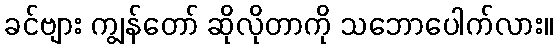
ခင်ဗျား ကျွန်တော် ဆိုလိုတာကို သဘောပေါက်လား။